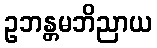
ဥဘန္တမဘိညာယ